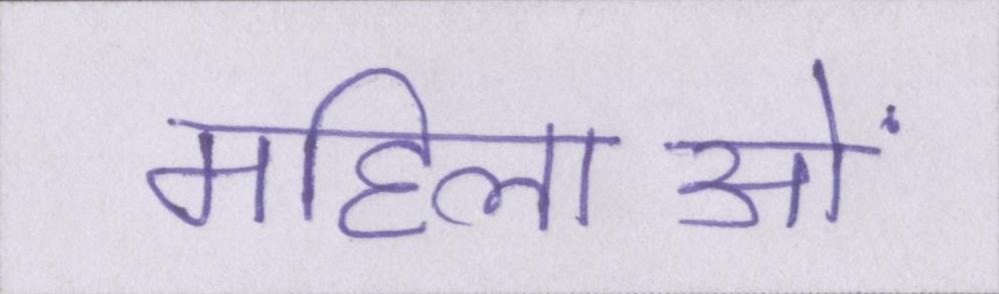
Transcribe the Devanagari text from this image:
महिलाओं